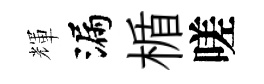
輝漏楯嗟